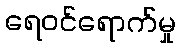
ရေဝင်ရောက်မှု